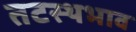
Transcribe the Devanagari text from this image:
तटस्थभाव